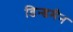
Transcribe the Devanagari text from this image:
डिन्डमैन